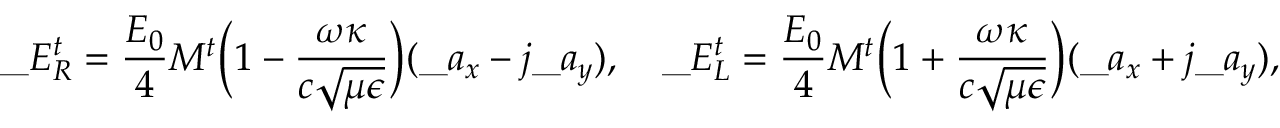
\_ E _ { \/ R } ^ { t } = { \frac { E _ { 0 } } { 4 } } M ^ { t } \Big ( 1 - { \frac { \omega \kappa } { c \sqrt { \mu \epsilon } } } \Big ) ( \_ a _ { x } - j \_ a _ { y } ) , \quad \_ E _ { \/ L } ^ { t } = { \frac { E _ { 0 } } { 4 } } M ^ { t } \Big ( 1 + { \frac { \omega \kappa } { c \sqrt { \mu \epsilon } } } \Big ) ( \_ a _ { x } + j \_ a _ { y } ) ,